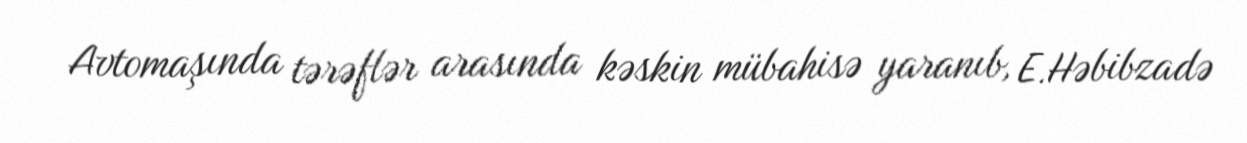
Avtomaşında tərəflər arasında kəskin mübahisə yaranıb, E.Həbibzadə